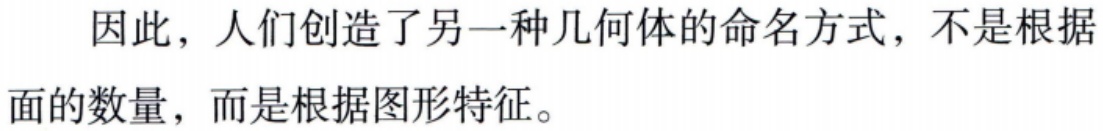
因此，人们创造了另一种几何体的命名方式，不是根据面的数量，而是根据图形特征。